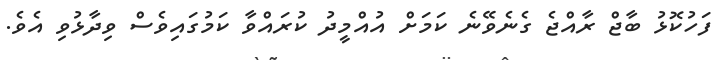
ފަހުކޮޅު ބާޖް ރާއްޖެ ގެނެވޭނެ ކަމަށް އުއްމީދު ކުރައްވާ ކަމުގައިވެސް ވިދާޅުވި އެވެ.